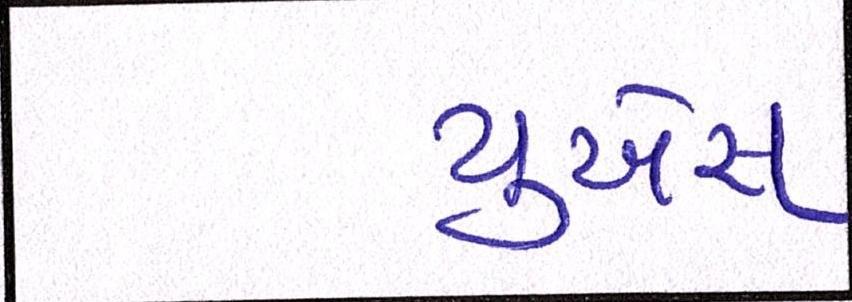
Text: યુએસ